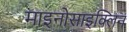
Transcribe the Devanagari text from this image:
माइनोसाइक्लिन